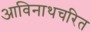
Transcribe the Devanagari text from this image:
आविनाथचरित